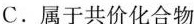
C.属于共价化合物